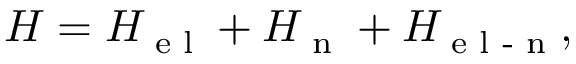
\begin{array} { r } { H = H \sb { \textnormal { e l } } + H \sb { \textnormal { n } } + H \sb { \textnormal { e l - n } } , } \end{array}